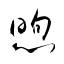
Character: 煦